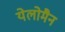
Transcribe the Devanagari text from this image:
येलोमैन